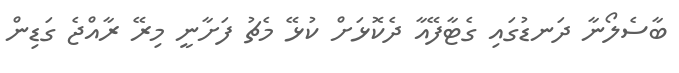
ބާސެލޯނާ ދަނޑުގައި ގެޓާފޭއާ ދެކޮޅަށް ކުޅޭ މެޗު ފަށާނީ މިރޭ ރާއްޖެ ގަޑިން